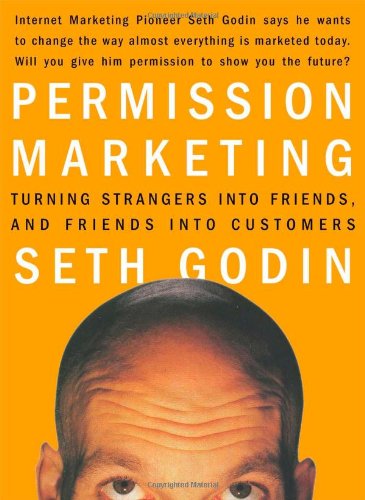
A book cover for Permission Marketing: Turning Strangers into Friends and Friends into Customers; Seth Godin; Business & Money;